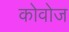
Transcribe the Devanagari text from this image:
कोवोज